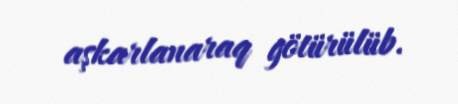
aşkarlanaraq götürülüb.